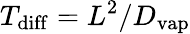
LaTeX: T_{\mathrm{diff}}=L^{2}/D_{\mathrm{vap}}